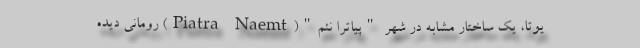
یوتا، یک ساختار مشابه در شهر "پیاترا نئم"(Piatra Naemt) رومانی دیده